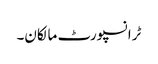
ٹرانسپورٹ مالکان۔